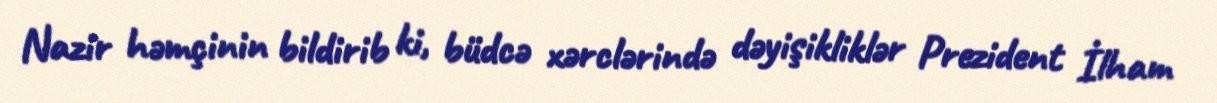
Nazir həmçinin bildirib ki, büdcə xərclərində dəyişikliklər Prezident İlham